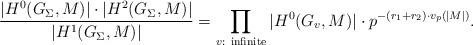
LaTeX: \begin{align*}\frac{|H^0(G_{\Sigma},M)| \cdot |H^2(G_{\Sigma},M)|}{|H^1(G_{\Sigma},M)|}=\prod_{v:\ \mathrm{infinite}}|H^0(G_v,M)| \cdot p^{-(r_1+r_2) \cdot v_p(|M|)}.\end{align*}